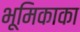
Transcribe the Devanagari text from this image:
भूमिकाका